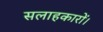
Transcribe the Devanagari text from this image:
सलाहकारों।